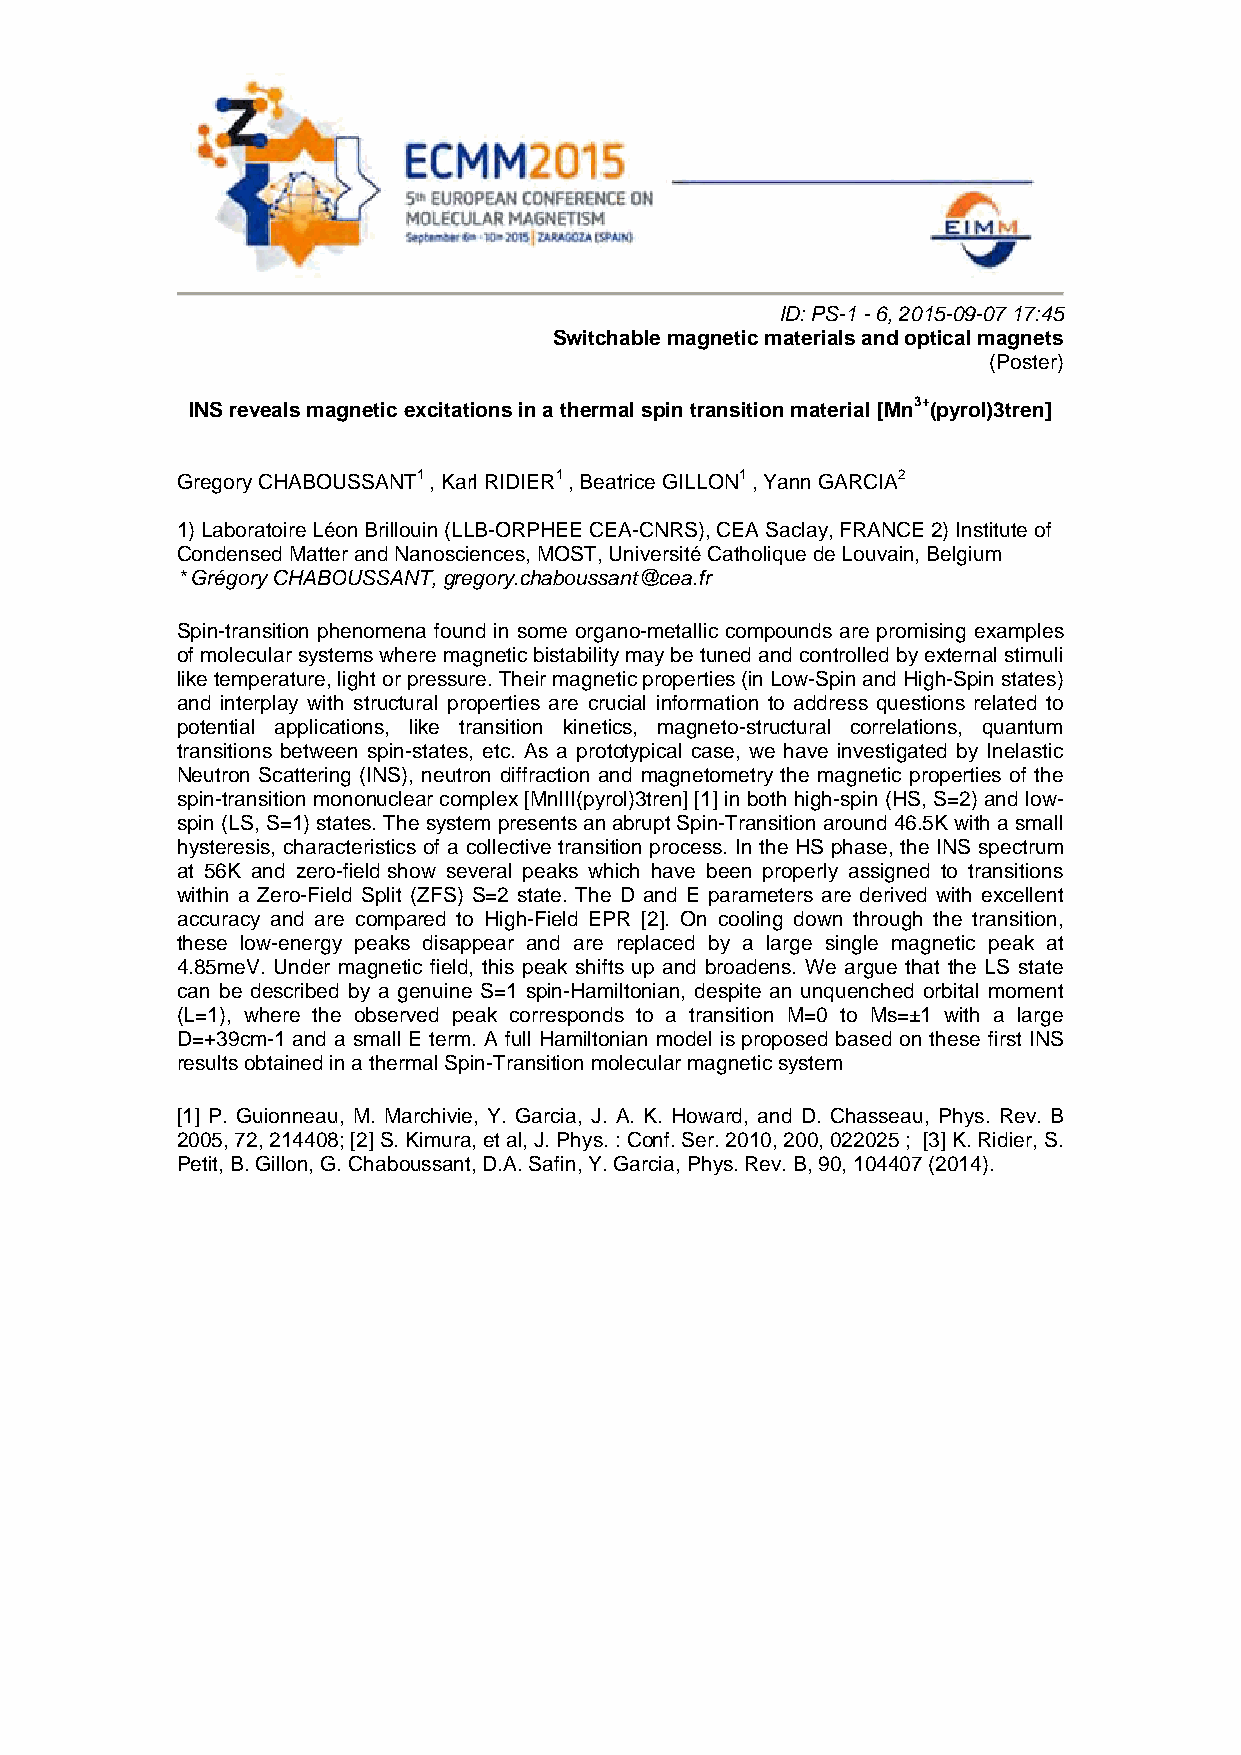
ID: PS-1 - 6, 2015-09-07 17:45
 Switchable magnetic materials and optical magnets
 (Poster)
 INS reveals magnetic excitations in a thermal spin transition material [Mn3+(pyrol)3tren]
 Gregory CHABOUSSANT1 , Karl RIDIER1 , Beatrice GILLON1 , Yann GARCIA2
 1) Laboratoire Léon Brillouin (LLB-ORPHEE CEA-CNRS), CEA Saclay, FRANCE 2) Institute of
 Condensed Matter and Nanosciences, MOST, Université Catholique de Louvain, Belgium
 * Grégory CHABOUSSANT, gregory.chaboussant@cea.fr
 Spin-transition phenomena found in some organo-metallic compounds are promising examples
 of molecular systems where magnetic bistability may be tuned and controlled by external stimuli
 like temperature, light or pressure. Their magnetic properties (in Low-Spin and High-Spin states)
 and interplay with structural properties are crucial information to address questions related to
 potential applications, like transition kinetics, magneto-structural correlations, quantum
 transitions between spin-states, etc. As a prototypical case, we have investigated by Inelastic
 Neutron Scattering (INS), neutron diffraction and magnetometry the magnetic properties of the
 spin-transition mononuclear complex [MnIII(pyrol)3tren] [1] in both high-spin (HS, S=2) and low-
 spin (LS, S=1) states. The system presents an abrupt Spin-Transition around 46.5K with a small
 hysteresis, characteristics of a collective transition process. In the HS phase, the INS spectrum
 at 56K and zero-field show several peaks which have been properly assigned to transitions
 within a Zero-Field Split (ZFS) S=2 state. The D and E parameters are derived with excellent
 accuracy and are compared to High-Field EPR [2]. On cooling down through the transition,
 these low-energy peaks disappear and are replaced by a large single magnetic peak at
 4.85meV. Under magnetic field, this peak shifts up and broadens. We argue that the LS state
 can be described by a genuine S=1 spin-Hamiltonian, despite an unquenched orbital moment
 (L=1), where the observed peak corresponds to a transition M=0 to Ms=±1 with a large
 D=+39cm-1 and a small E term. A full Hamiltonian model is proposed based on these first INS
 results obtained in a thermal Spin-Transition molecular magnetic system
 [1] P. Guionneau, M. Marchivie, Y. Garcia, J. A. K. Howard, and D. Chasseau, Phys. Rev. B
 2005, 72, 214408; [2] S. Kimura, et al, J. Phys. : Conf. Ser. 2010, 200, 022025 ; [3] K. Ridier, S.
 Petit, B. Gillon, G. Chaboussant, D.A. Safin, Y. Garcia, Phys. Rev. B, 90, 104407 (2014).